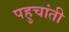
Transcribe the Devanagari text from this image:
पहुचांती